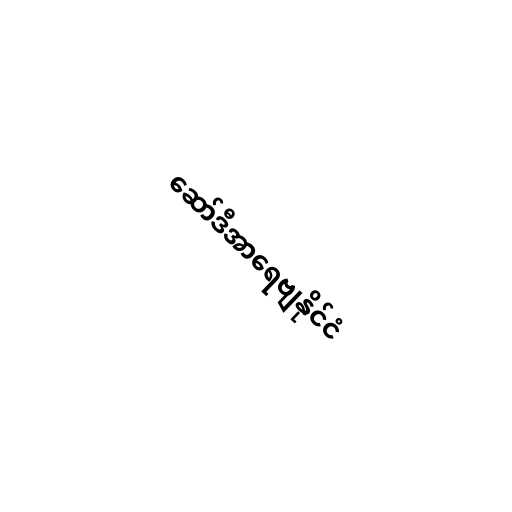
ဆော်ဒီအာရေဗျနိုင်ငံ